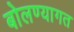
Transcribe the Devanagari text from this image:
बोलण्यागत